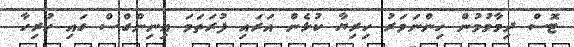
ޓޮސް ދިމާވުމުން ހިންނަވަރު ހިރިޔާ ކުޅެން އަރައި ފުރަތަމަ އިނިންގްސް ގައި ހުރިހާ